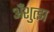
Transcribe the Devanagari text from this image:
अँशुत्झ